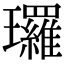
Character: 㼈